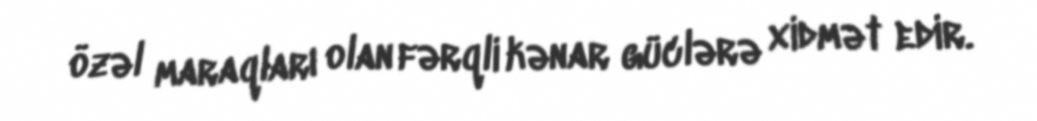
özəl maraqları olan fərqli kənar güclərə xidmət edir.